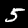
Label: 5